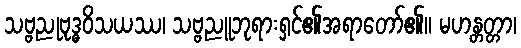
သဗ္ဗညုဗုဒ္ဓဝိသယဿ၊ သဗ္ဗညူဘုရားရှင်၏အရာတော်၏။ မဟန္တတ္တာ၊